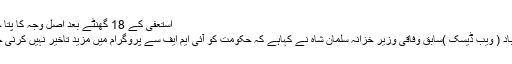
استعفیٰ کے 18 گھنٹے بعد اصل وجہ کا پتا چل گیا
اسلام آباد ( ویب ڈیسک )سابق وفاقی وزیر خزانہ سلمان شاہ نے کہاہے کہ حکومت کو آئی ایم ایف سے پروگرام میں مزید تاخیر نہیں کرنی چاہیے۔